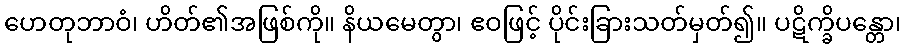
ဟေတုဘာဝံ၊ ဟိတ်၏အဖြစ်ကို။ နိယမေတွာ၊ ဧဝဖြင့် ပိုင်းခြားသတ်မှတ်၍။ ပဋိက္ခိပန္တော၊